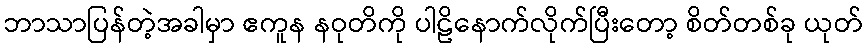
ဘာသာပြန်တဲ့အခါမှာ ဧကူန နဝုတိကို ပါဠိနောက်လိုက်ပြီးတော့ စိတ်တစ်ခု ယုတ်